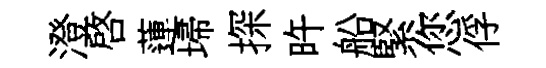
澄啓蓮埽探旿船緊您俘